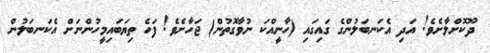
ދޫކޮށްލާށެވެ! އަދި އެކަނބަލުންގެ ގައިގައި (ހާނީއްކަ ނުވާގޮތުން) ޖަހާށެވެ! ފަހެ ތިޔަބައިމީހުންނަށް އެކަނބަލުން